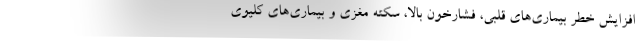
افزایش خطر بیماری‌های قلبی، فشارخون بالا، سکته مغزی و بیماری‌های کلیوی